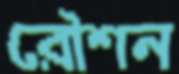
রৌশন